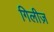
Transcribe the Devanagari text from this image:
गिलीज़